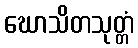
ဃောသိတသုတ္တံ